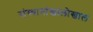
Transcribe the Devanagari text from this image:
संस्थानांखालोखाल